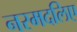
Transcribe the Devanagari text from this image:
नरमदलिए